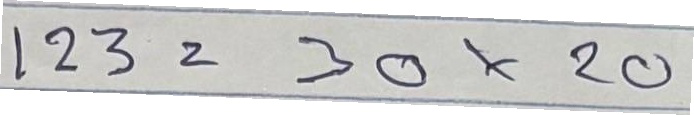
123 = 30x20